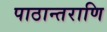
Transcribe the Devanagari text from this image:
पाठान्तराणि